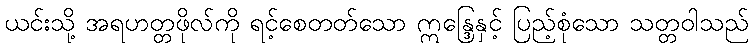
ယင်းသို့ အရဟတ္တဖိုလ်ကို ရင့်စေတတ်သော ဣန္ဒြေနှင့် ပြည့်စုံသော သတ္တဝါသည်